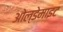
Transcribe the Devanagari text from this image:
ओल्डेमाइट